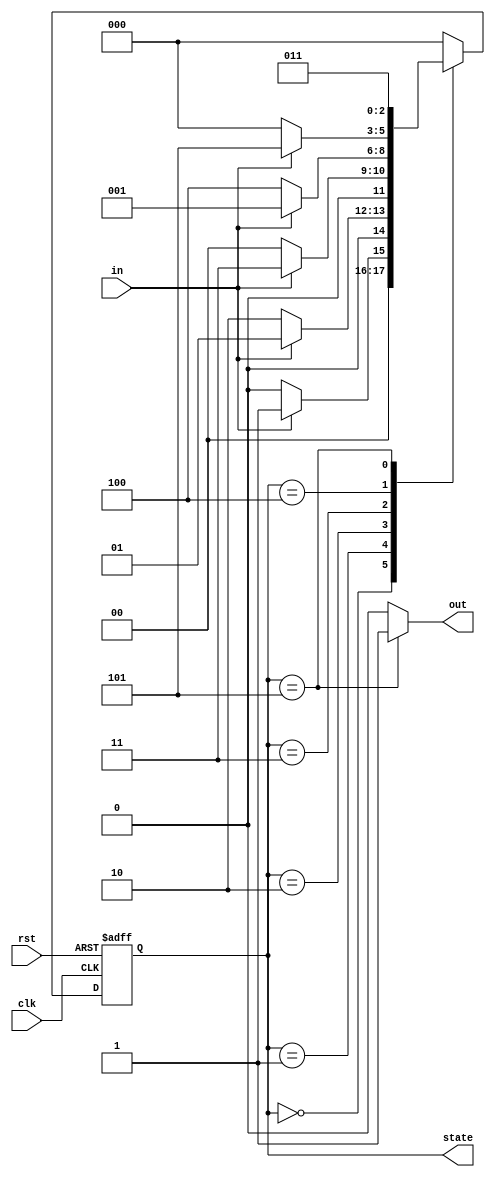
// 10101 Overlapping Sequence

module sequence_detector(
  input in,clk,rst,
  output reg out,
  output reg [2:0]state
);
  reg [2:0]next_state;
  reg yes;
  parameter A=3'b000;
  parameter B=3'b001;
  parameter C=3'b010;
  parameter D=3'b011;
  parameter E=3'b100;
  parameter DETECTED=3'b101;


    always @(posedge clk or posedge rst) begin
    if (rst) begin
      state <= A;
    end else begin
      state <= next_state;
    end
  end
  always @(*) begin
      case(state)
        A:if(in)begin next_state<=B;end
          else begin next_state<=A;end
        B:if(in)begin next_state<=B;end
          else begin next_state<=C;end
        C:if(in)begin next_state<=D;end
          else begin next_state<=A;end
        D:if(in)begin next_state<=B;end
          else begin next_state<=E;end
        E:if(in)begin next_state<=DETECTED;end
          else begin next_state<=A;end
        DETECTED: begin
        next_state <= D;
      end
        default: begin
        next_state <= A;
      end
      endcase
    out = (state==DETECTED)?1'b1:1'b0;
    end

endmodule